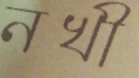
নখী